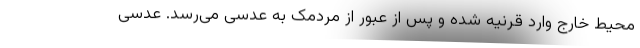
محیط خارج وارد قرنیه شده و پس از عبور از مردمک به عدسی می‌رسد. عدسی